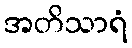
အတိသာရံ